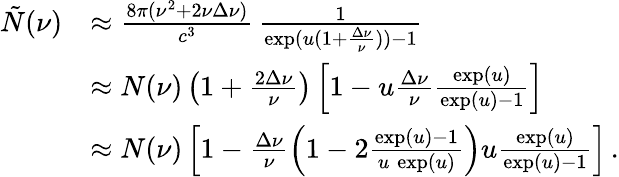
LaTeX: \begin{array}{rl}{\tilde{N}(\nu)}&{\approx\frac{8\pi(\nu^{2}+2\nu\Delta\nu)}{c^{3}}\, \frac{1}{\exp(u(1+\frac{\Delta\nu}{\nu}))-1}}\\ &{\approx N(\nu)\left(1+\frac{2\Delta\nu}{\nu}\right)\left[1-u\frac{\Delta\nu}{\nu}\frac{\exp(u)}{\exp(u)-1}\right]}\\ &{\approx N(\nu)\left[1-\frac{\Delta\nu}{\nu}\left(1-2\frac{\exp(u)-1}{u\, \exp(u)}\right)u\frac{\exp(u)}{\exp(u)-1}\right]\, .}\end{array}